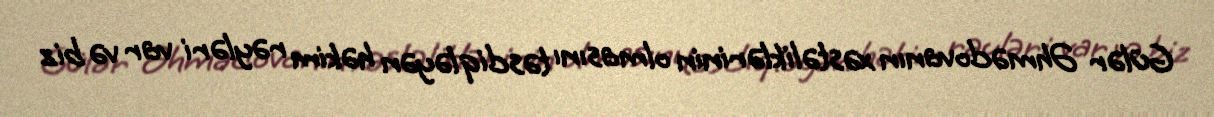
Gülər Əhmədovanın xəstəliklərinin olmasını təsdiqləyən həkim rəyləri var və biz